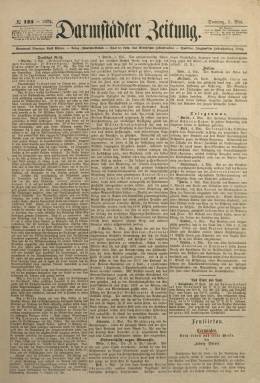
Título: Darmstädter Zeitung
Colección: Periódicos
Ámbito geográfico: Alemania
Lugar de publicación: Darmstadt
Fechas: 05/05/1872-02/06/1872

La Biblioteca Nacional de España (BNE) dispone de los cinco números dominicales, publicados desde el cinco de mayo hasta el dos de junio de 1872, de este diario alemán en el que se incluye un artículo seriado, firmado por Ludwig Wörner, bajo el título Cervantes, sein Leben und seine Werke = Cervantes, su vida y sus obras.

Al principio de la colección de la BNE hay una anotación manuscrita en alemán, que señala: “En recuerdo a mi hermano, fallecido en el año 1875, admirador de Cervantes”, firmada por Karl Wörner, y fechada en la ciudad de Dinslaken, el seis de abril de 1916, precedida de otra página de cortesía, en la que aparece un sello de donación de una asociación bávara hispano-alemana de Múnich, en el que se ve también el nombre del citado Karl Wörner, datado en 1924,

El texto sobre Cervantes ocupa un amplio espacio en estas ediciones dominicales, bajo el epígrafe Feuilleton (folletín o serie), una sección literaria muy común de la prensa diaria europea de la época, en este caso de un diario alemán de larga vida y con variaciones en su título, cuyo origen se remonta a 1777, y que con el título Darmstädter Zeitung se publicaba desde 1848 como boletín u órgano oficial del gobierno del Estado de Hesse, hasta su cierre por el régimen nazi el 30 de marzo de 1933.

El nombre de la ciudad o región de Darmstadt forma parte de la cabecera de este periódico, que en ese momento tiene una estructura formal de cuatro páginas compuestas a tres columnas en una tipografía gótica. Se advierten algunas correcciones manuales al texto tipográfico sobre Cervantes, y en cuanto a su autor -Ludwig Wörner- no hemos podido recabar noticia sobre su actividad literaria o periodística -es autor de Theorie des planzeichnens (1862)-, aunque se sabe que desde 1871 a 1890 el diario fue dirigido Ernst Wörner, como redactor responsable, tal como se indica bajo la cabecera en los números de esta colección.